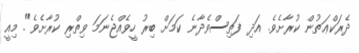
ދެރަކްޢަތުން ކުރާށެވެ. އަދި ފަތިސްވެދާނެ ކަމަށް ބިރު ހީވެއްޖެނަމަ ވިތްރި ކުރާށެވެ". މިއީ